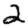
Digit: 2